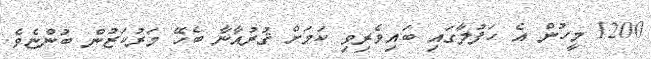
1200 މީހުން އެ ހަފުލާގައި ބައިވެރިވި ކަމަށް ޤުރުއާނާ ބެހޭ މަރުކަޒުން ބުންޏެވެ.